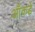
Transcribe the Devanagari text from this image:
आँकड़ें